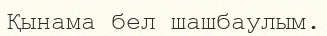
Қынама бел шашбаулым.